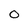
Character: 0